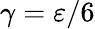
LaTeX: \gamma=\varepsilon/6